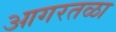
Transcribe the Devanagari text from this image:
आगरतळा